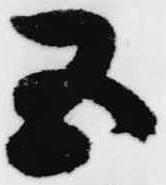
五